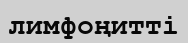
лимфоңитті